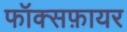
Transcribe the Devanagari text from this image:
फॉक्सफ़ायर